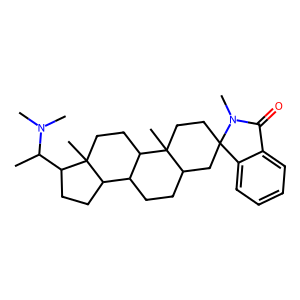
SMILES: CC(C1CCC2C3CCC4CC5(CCC4(C)C3CCC21C)c1ccccc1C(=O)N5C)N(C)C
Inhibits HIV replication: No